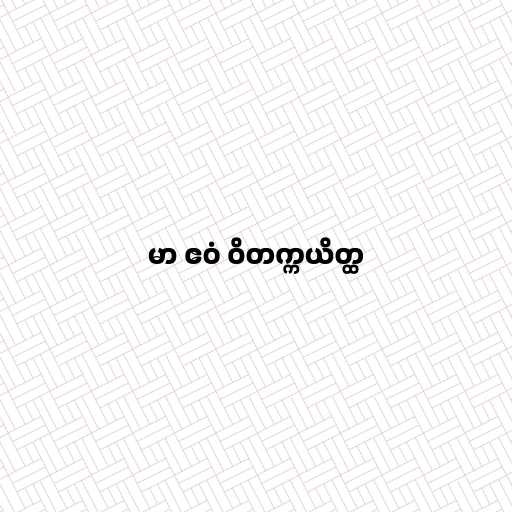
မာ ဧဝံ ဝိတက္ကယိတ္ထ